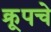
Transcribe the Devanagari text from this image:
क्रूपचे